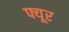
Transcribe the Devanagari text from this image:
फ्यूर